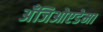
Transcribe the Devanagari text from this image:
अँजिओएडेमा